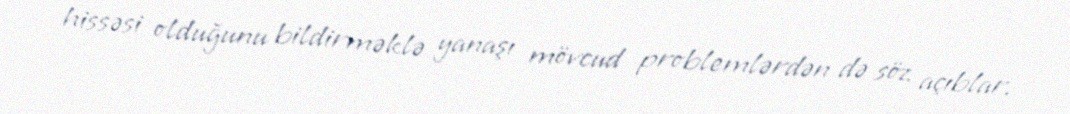
hissəsi olduğunu bildirməklə yanaşı mövcud problemlərdən də söz açıblar.